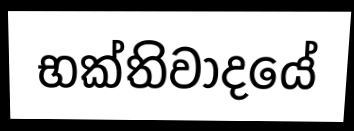
භක්තිවාදයේ